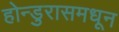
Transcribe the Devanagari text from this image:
होन्डुरासमधून